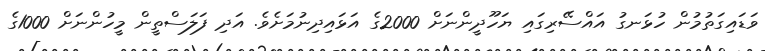
ވަޑައިގަތުމުން ހުޅަނގު އައްސޭރިގައި ޔަހޫދީންނަށް 2000ގެ އަޅައިދިނުމަށެވެ. އަދި ފަލަސްތީން މީހުންނަށް 1000ގެ